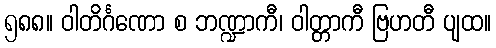
၅၈၈။ ဝါတိင်္ဂဏော စ ဘဏ္ဍာကီ၊ ဝါတ္တာကီ ဗြဟတီ ပျထ။